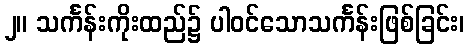
၂။ သင်္ကန်းကိုးထည်၌ ပါဝင်သောသင်္ကန်းဖြစ်ခြင်း၊